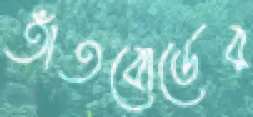
তাঁতবোর্ডের